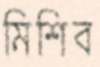
মিশিব